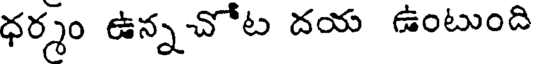
ధర్మం ఉన్నచోట దయ ఉంటుంది